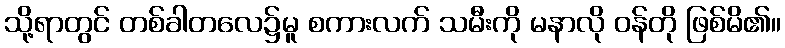
သို့ရာတွင် တစ်ခါတလေ၌မူ စကားလက် သမီးကို မနာလို ဝန်တို ဖြစ်မိ၏။